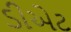
ડીએટ